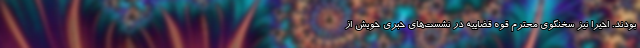
بودند. اخیراً نیز سخنگوی محترم قوه قضاییه در نشست‌های خبری خویش از